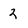
Character: 2